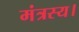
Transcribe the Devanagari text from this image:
मंत्रस्य।